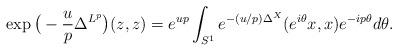
LaTeX: \begin{align*} \exp\big(-\frac{u}{p} \Delta^{L^p}\big)(z,z) = e^{u p} \int_{S^1}e^{-(u/p) \Delta^X} (e^{i \theta} x, x) e^{- i p \theta} d\theta.\end{align*}